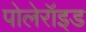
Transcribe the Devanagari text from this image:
पोलेरॉइड